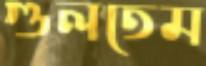
গুলতেম